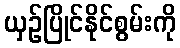
ယှဉ်ပြိုင်နိုင်စွမ်းကို